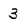
Character: 3